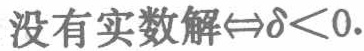
没有实数解$\Leftrightarrow\delta<0$.